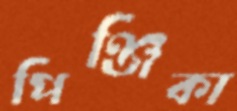
পিঞ্জিকা